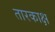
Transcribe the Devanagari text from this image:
तारकाक्ष